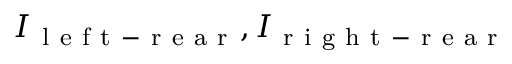
I _ { \mathrm { ~ l ~ e ~ f ~ t ~ - ~ r ~ e ~ a ~ r ~ } } , I _ { \mathrm { ~ r ~ i ~ g ~ h ~ t ~ - ~ r ~ e ~ a ~ r ~ } }